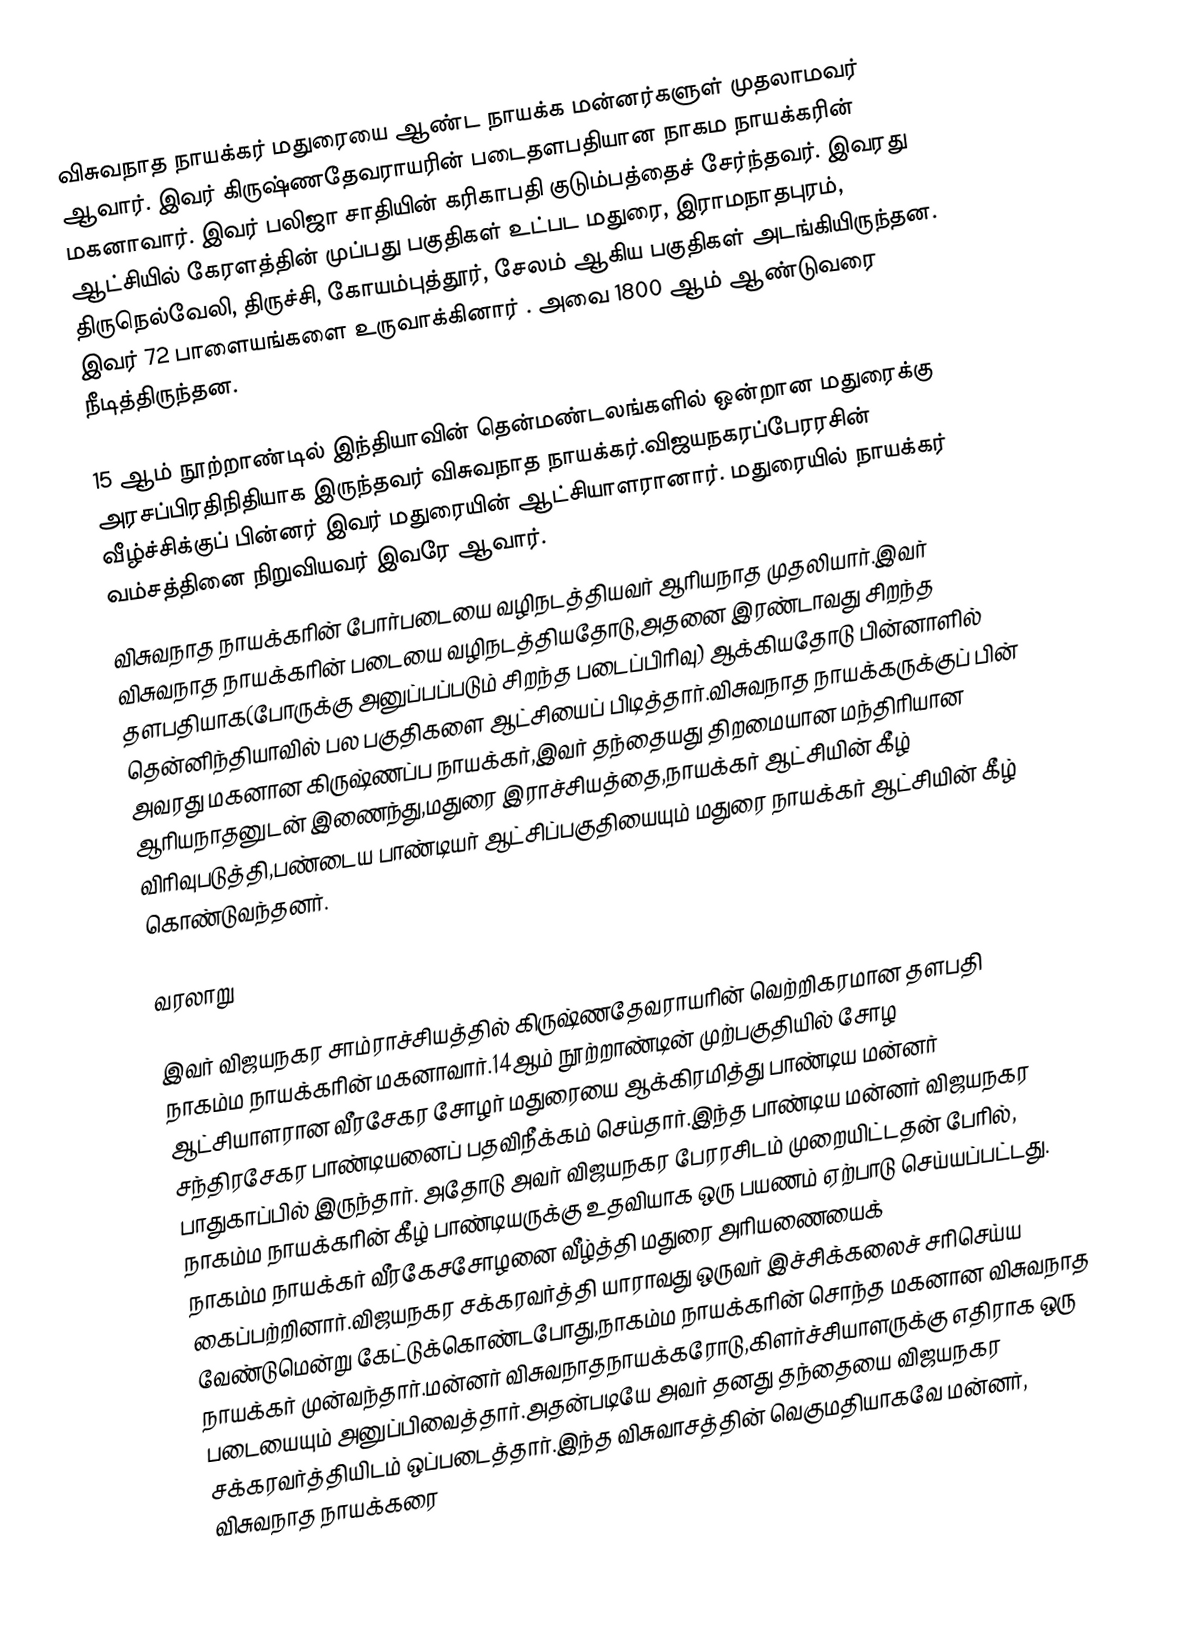
விசுவநாத நாயக்கர் மதுரையை ஆண்ட நாயக்க மன்னர்களுள் முதலாமவர் ஆவார். இவர் கிருஷ்ணதேவராயரின் படைதளபதியான  நாகம நாயக்கரின் மகனாவார். இவர் பலிஜா சாதியின் கரிகாபதி குடும்பத்தைச் சேர்ந்தவர். இவரது  ஆட்சியில் கேரளத்தின் முப்பது பகுதிகள் உட்பட மதுரை, இராமநாதபுரம், திருநெல்வேலி, திருச்சி, கோயம்புத்தூர், சேலம் ஆகிய பகுதிகள் அடங்கியிருந்தன. இவர் 72 பாளையங்களை உருவாக்கினார் . அவை 1800 ஆம் ஆண்டுவரை நீடித்திருந்தன.

15 ஆம் நூற்றாண்டில் இந்தியாவின் தென்மண்டலங்களில் ஒன்றான மதுரைக்கு அரசப்பிரதிநிதியாக இருந்தவர் விசுவநாத நாயக்கர்.விஜயநகரப்பேரரசின் வீழ்ச்சிக்குப் பின்னர் இவர் மதுரையின் ஆட்சியாளரானார். மதுரையில் நாயக்கர் வம்சத்தினை நிறுவியவர் இவரே ஆவார்.
விசுவநாத நாயக்கரின் போர்படையை வழிநடத்தியவர் ஆரியநாத முதலியார்.இவர் விசுவநாத நாயக்கரின் படையை வழிநடத்தியதோடு,அதனை இரண்டாவது சிறந்த தளபதியாக(போருக்கு அனுப்பப்படும் சிறந்த படைப்பிரிவு) ஆக்கியதோடு பின்னாளில் தென்னிந்தியாவில் பல பகுதிகளை ஆட்சியைப் பிடித்தார்.விசுவநாத நாயக்கருக்குப் பின் அவரது மகனான கிருஷ்ணப்ப நாயக்கர்,இவர் தந்தையது திறமையான மந்திரியான ஆரியநாதனுடன் இணைந்து,மதுரை இராச்சியத்தை,நாயக்கர் ஆட்சியின் கீழ் விரிவுபடுத்தி,பண்டைய பாண்டியர் ஆட்சிப்பகுதியையும் மதுரை நாயக்கர் ஆட்சியின் கீழ் கொண்டுவந்தனர்.

வரலாறு

இவர் விஜயநகர சாம்ராச்சியத்தில் கிருஷ்ணதேவராயரின் வெற்றிகரமான தளபதி நாகம்ம நாயக்கரின் மகனாவார்.14ஆம் நூற்றாண்டின் முற்பகுதியில் சோழ ஆட்சியாளரான வீரசேகர சோழர் மதுரையை ஆக்கிரமித்து பாண்டிய மன்னர் சந்திரசேகர பாண்டியனைப் பதவிநீக்கம் செய்தார்.இந்த பாண்டிய மன்னர் விஜயநகர பாதுகாப்பில் இருந்தார். அதோடு அவர் விஜயநகர பேரரசிடம் முறையிட்டதன் பேரில், நாகம்ம நாயக்கரின் கீழ் பாண்டியருக்கு உதவியாக ஒரு பயணம் ஏற்பாடு செய்யப்பட்டது. நாகம்ம நாயக்கர்  வீரகேசசோழனை வீழ்த்தி மதுரை அரியணையைக் கைப்பற்றினார்.விஜயநகர சக்கரவர்த்தி யாராவது ஒருவர் இச்சிக்கலைச் சரிசெய்ய வேண்டுமென்று கேட்டுக்கொண்டபோது,நாகம்ம நாயக்கரின் சொந்த மகனான விசுவநாத நாயக்கர் முன்வந்தார்.மன்னர் விசுவநாதநாயக்கரோடு,கிளர்ச்சியாளருக்கு எதிராக ஒரு படையையும் அனுப்பிவைத்தார்.அதன்படியே அவர் தனது தந்தையை விஜயநகர சக்கரவர்த்தியிடம் ஒப்படைத்தார்.இந்த விசுவாசத்தின் வெகுமதியாகவே மன்னர், விசுவநாத நாயக்கரை